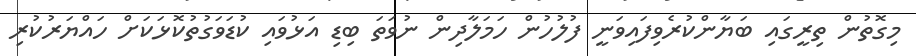
މިގޮތުން ތިރީގައި ބަޔާންކުރެވިފައިވަނީ ފުލުހުން ހަމަލާދިން ނުވަތަ ބިޑި އަޅުވައި ކުޑަވަގުތުކޮޅަކަށް ހައްޔަރުކުރި